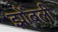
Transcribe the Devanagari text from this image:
झोंबली